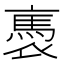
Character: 褭